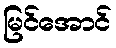
မြင်အောင်